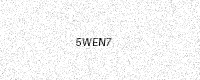
Text: 5WEN7